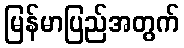
မြန်မာပြည်အတွက်